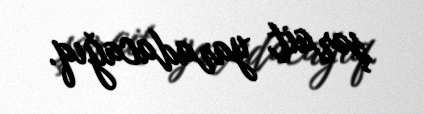
şərait yaradacağıq.